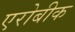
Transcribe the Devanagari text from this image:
एरोबीक